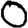
Digit: 0